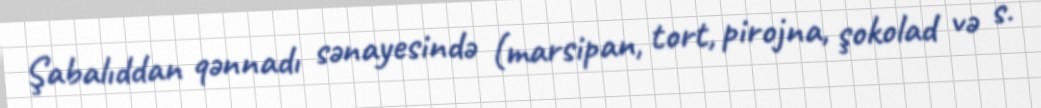
Şabalıddan qənnadı sənayesində (marsipan, tort, pirojna, şokolad və s.